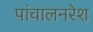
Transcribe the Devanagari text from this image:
पांचालनरेश